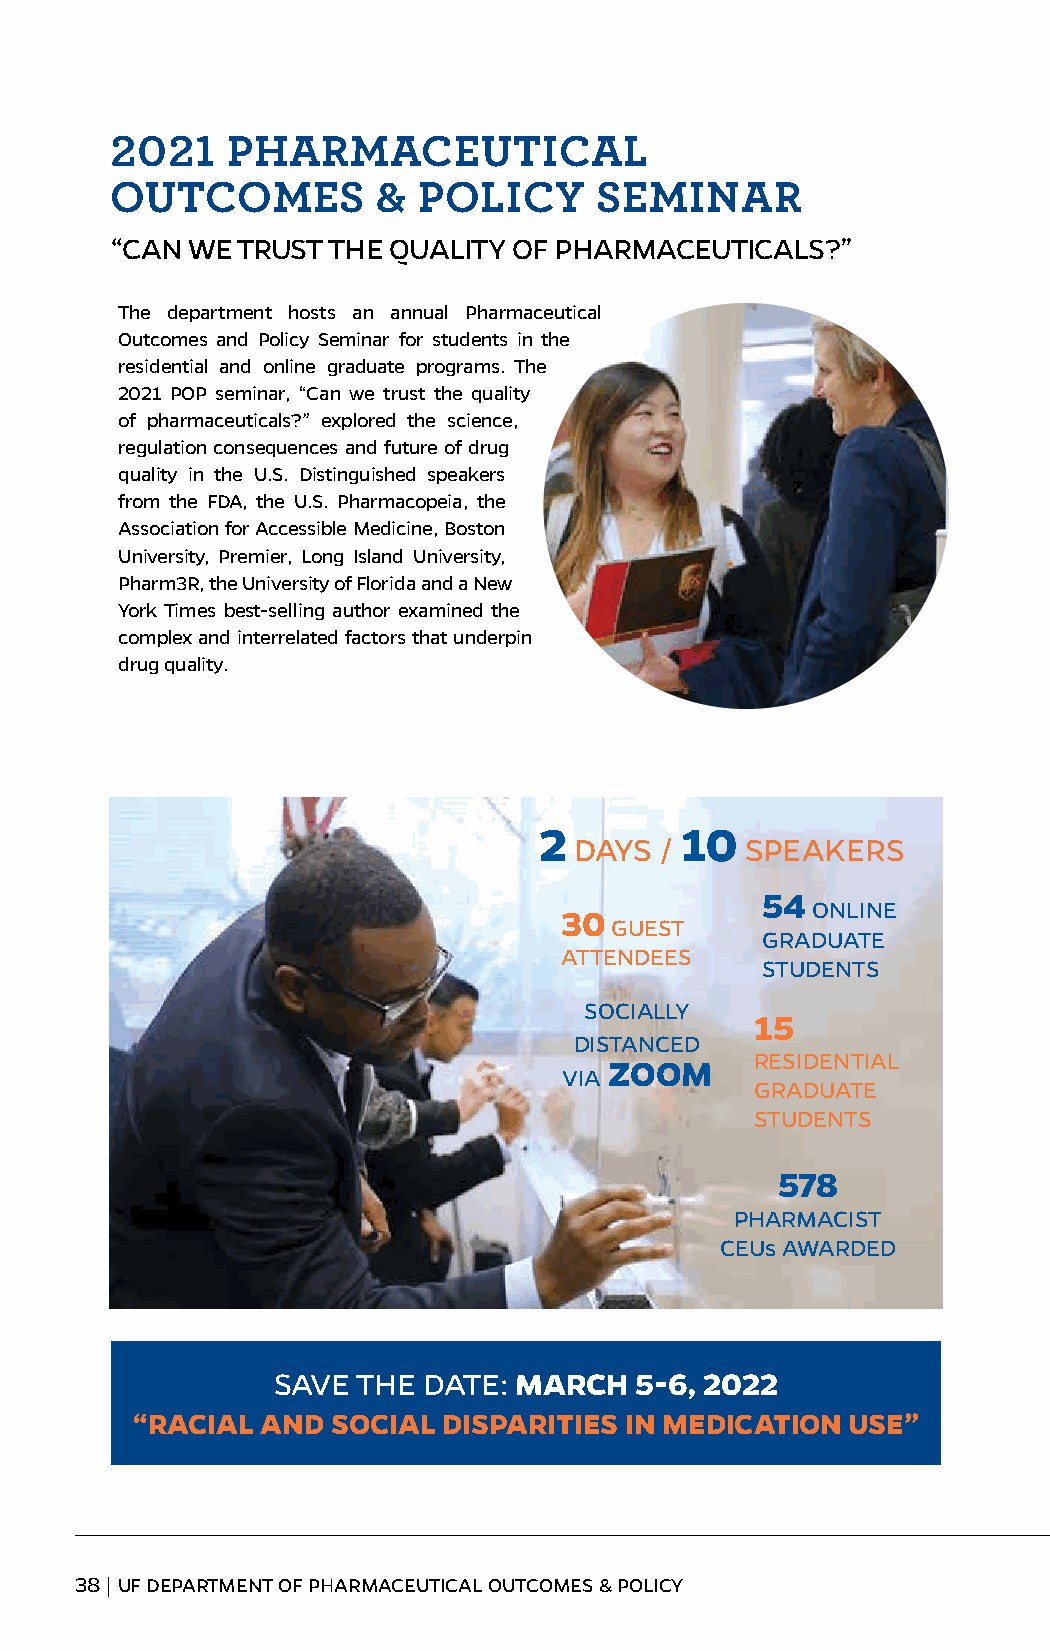
2021    PHARMACEUTICAL
 OUTCOMES          &  POLICY      SEMINAR
 “ CAN WE TRUST THE QUALITY OF PHARMACEUTICALS?”
 The department hosts an annual Pharmaceutical
 Outcomes and Policy Seminar for students in the
 residential and online graduate programs. The
 2021 POP seminar, “Can we trust the quality
 of pharmaceuticals?” explored the science,
 regulation consequences and future of drug
 quality in the U.S. Distinguished speakers
 from the FDA, the U.S. Pharmacopeia, the
 Association for Accessible Medicine, Boston
 University, Premier, Long Island University,
 Pharm3R, the University of Florida and a New
 York Times best-selling author examined the
 complex and interrelated factors that underpin
 drug quality.
 2        10
 DAYS  /    SPEAKERS
 54
 ONLINE
 30
 GUEST
 GRADUATE
 ATTENDEES
 STUDENTS
 SOCIALLY
 15
 DISTANCED
 RESIDENTIAL
 ZOOM
 VIA
 GRADUATE
 STUDENTS
 578
 PHARMACIST
 CEUs AWARDED
 SAVE  THE DATE: MARCH   5-6, 2022
 “RACIAL AND  SOCIAL DISPARITIES IN MEDICATION  USE”
 38 | UF DEPARTMENT OF PHARMACEUTICAL OUTCOMES & POLICY